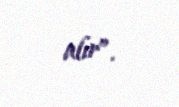
alır”.